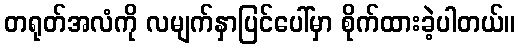
တရုတ်အလံကို လမျက်နှာပြင်ပေါ်မှာ စိုက်ထားခဲ့ပါတယ်။